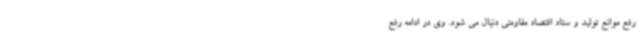
رفع موانع تولید و ستاد اقتصاد مقاومتی دنبال می شود. وی در ادامه رفع